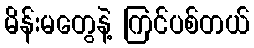
မိန်းမတွေနဲ့ ကြင်ပစ်တယ်